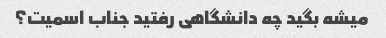
میشه بگید چه دانشگاهی رفتید جناب اسمیت؟